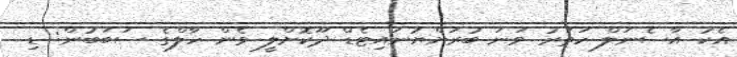
އެކު އާސެނަލް ހަތަރު ވަނަ ބުރަށްޔުނައިޓެޑް ދޫކޮށްލީ ވެން ހާލްގެ ސަބަބުން: ޑި